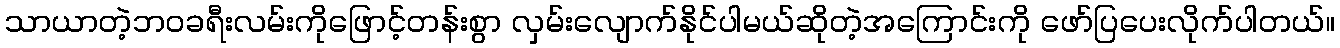
သာယာတဲ့ဘဝခရီးလမ်းကိုဖြောင့်တန်းစွာ လှမ်းလျောက်နိုင်ပါမယ်ဆိုတဲ့အကြောင်းကို ဖော်ပြပေးလိုက်ပါတယ်။